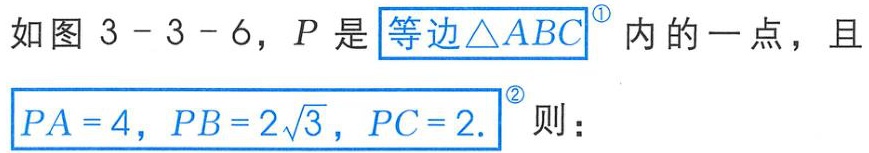
如图 \(3 - 3 - 6\)，\(P\) 是等边\(\triangle ABC\)内的一点，且 \(PA = 4\)，\(PB = 2\sqrt{3}\)，\(PC = 2\)。则：